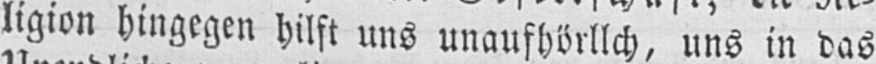
ligion hingegen hilft uns unaufhörllch, uns in das